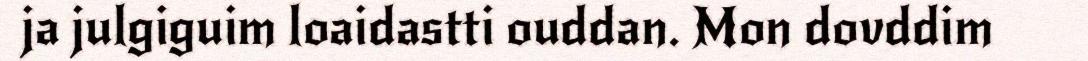
ja julgiguim loaidastti ouddan. Mon dovddim